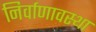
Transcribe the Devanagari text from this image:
निर्वाणावस्था